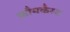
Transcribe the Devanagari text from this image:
कौमकैस्ट